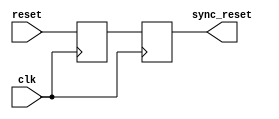
`timescale 1ns / 1ps
//////////////////////////////////////////////////////////////////////////////////
// Company: 
// Engineer: 
// 
// Design Name: 
// Module Name:    reset_synchronizer 
// Project Name: 
// Target Devices: 
// Tool versions: 
// Description: 
//
// Dependencies: 
//
// Revision: 
// Revision 0.01 - File Created
// Additional Comments: 
//
//////////////////////////////////////////////////////////////////////////////////
module reset_synchronizer(clk, reset, sync_reset);

input clk, reset;
output sync_reset;
reg sync_reset, tmp_reset;

always @(posedge clk)
begin
	tmp_reset = reset;
end

always @(posedge clk)
begin
	sync_reset = tmp_reset;
end



endmodule